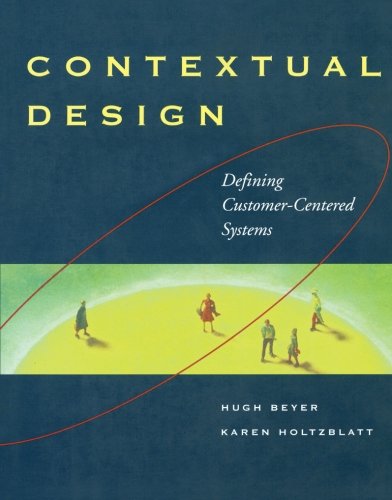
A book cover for Contextual Design: Defining Customer-Centered Systems (Interactive Technologies); Hugh Beyer; Computers & Technology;